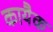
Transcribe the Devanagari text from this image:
कायैक